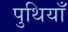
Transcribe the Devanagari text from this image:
पुथियाँ